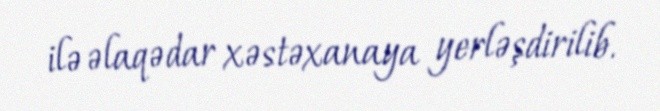
ilə əlaqədar xəstəxanaya yerləşdirilib.